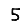
Digit: 5